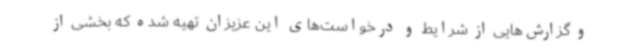
و گزارش‌هایی از شرایط و درخواست‌های این عزیزان تهیه شده که بخشی از